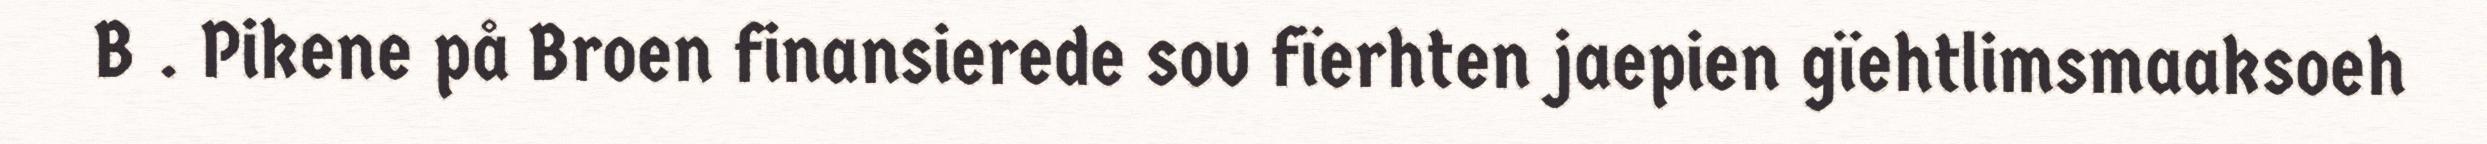
B . Pikene på Broen finansierede sov fïerhten jaepien gïehtlimsmaaksoeh